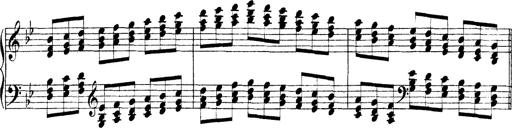
Title: Technische Studien
Composer: Franz Liszt